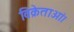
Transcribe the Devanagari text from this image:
विक्रेताओं।